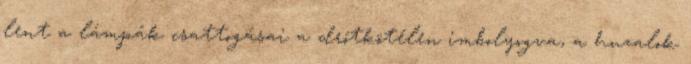
lent a lámpák csattogásai a drótkötélen imbolyogva, a huzalok